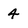
Character: 4